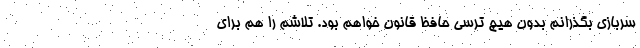
سربازی بگذرانم بدون هیچ ترسی حافظ قانون خواهم بود. تلاشم را هم برای